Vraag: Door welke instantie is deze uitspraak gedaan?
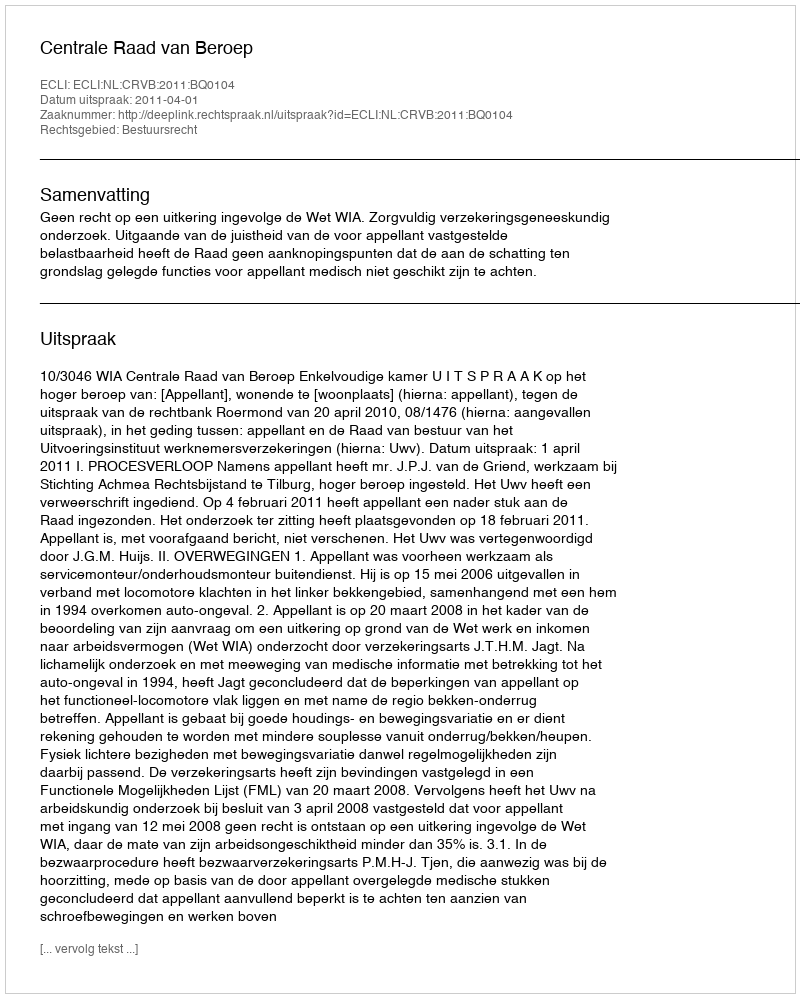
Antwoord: Centrale Raad van Beroep